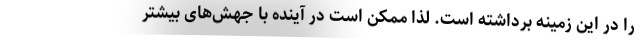
را در این زمینه برداشته است. لذا ممکن است در آینده با جهش‌های بیشتر